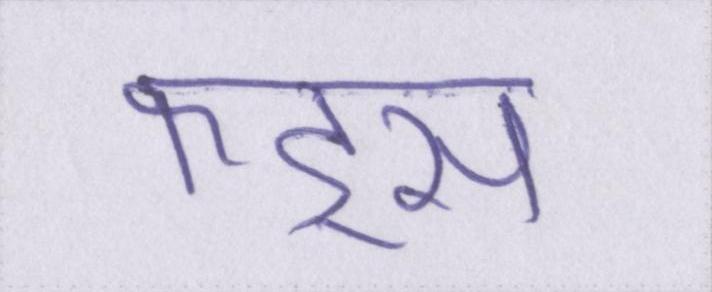
फंड्स